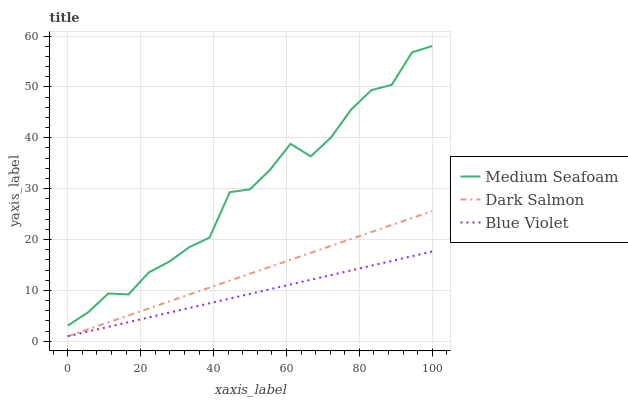
| xaxis_label | Medium Seafoam | Dark Salmon | Blue Violet |
 | --- | --- | --- | --- |
 | 0 | 3.11 | 1 | 1 |
 | 5.56 | 5.69 | 2.37 | 1.93 |
 | 11.1 | 9.41 | 3.73 | 2.85 |
 | 16.7 | 9.22 | 5.1 | 3.78 |
 | 22.2 | 13.6 | 6.47 | 4.7 |
 | 27.8 | 15.6 | 7.83 | 5.63 |
 | 33.3 | 18.5 | 9.2 | 6.55 |
 | 38.9 | 20.4 | 10.6 | 7.48 |
 | 44.4 | 29.3 | 11.9 | 8.4 |
 | 50 | 29.9 | 13.3 | 9.33 |
 | 55.6 | 33.8 | 14.7 | 10.3 |
 | 61.1 | 38.8 | 16 | 11.2 |
 | 66.7 | 36.4 | 17.4 | 12.1 |
 | 72.2 | 40.1 | 18.8 | 13 |
 | 77.8 | 45.6 | 20.1 | 14 |
 | 83.3 | 49.4 | 21.5 | 14.9 |
 | 88.9 | 50.4 | 22.9 | 15.8 |
 | 94.4 | 56.8 | 24.2 | 16.7 |
 | 100 | 58 | 25.6 | 17.7 |